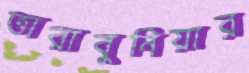
তারাবুনিয়ার